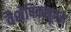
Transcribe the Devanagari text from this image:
वैशेषिकसूत्रम्